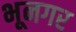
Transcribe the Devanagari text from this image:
भूनगर